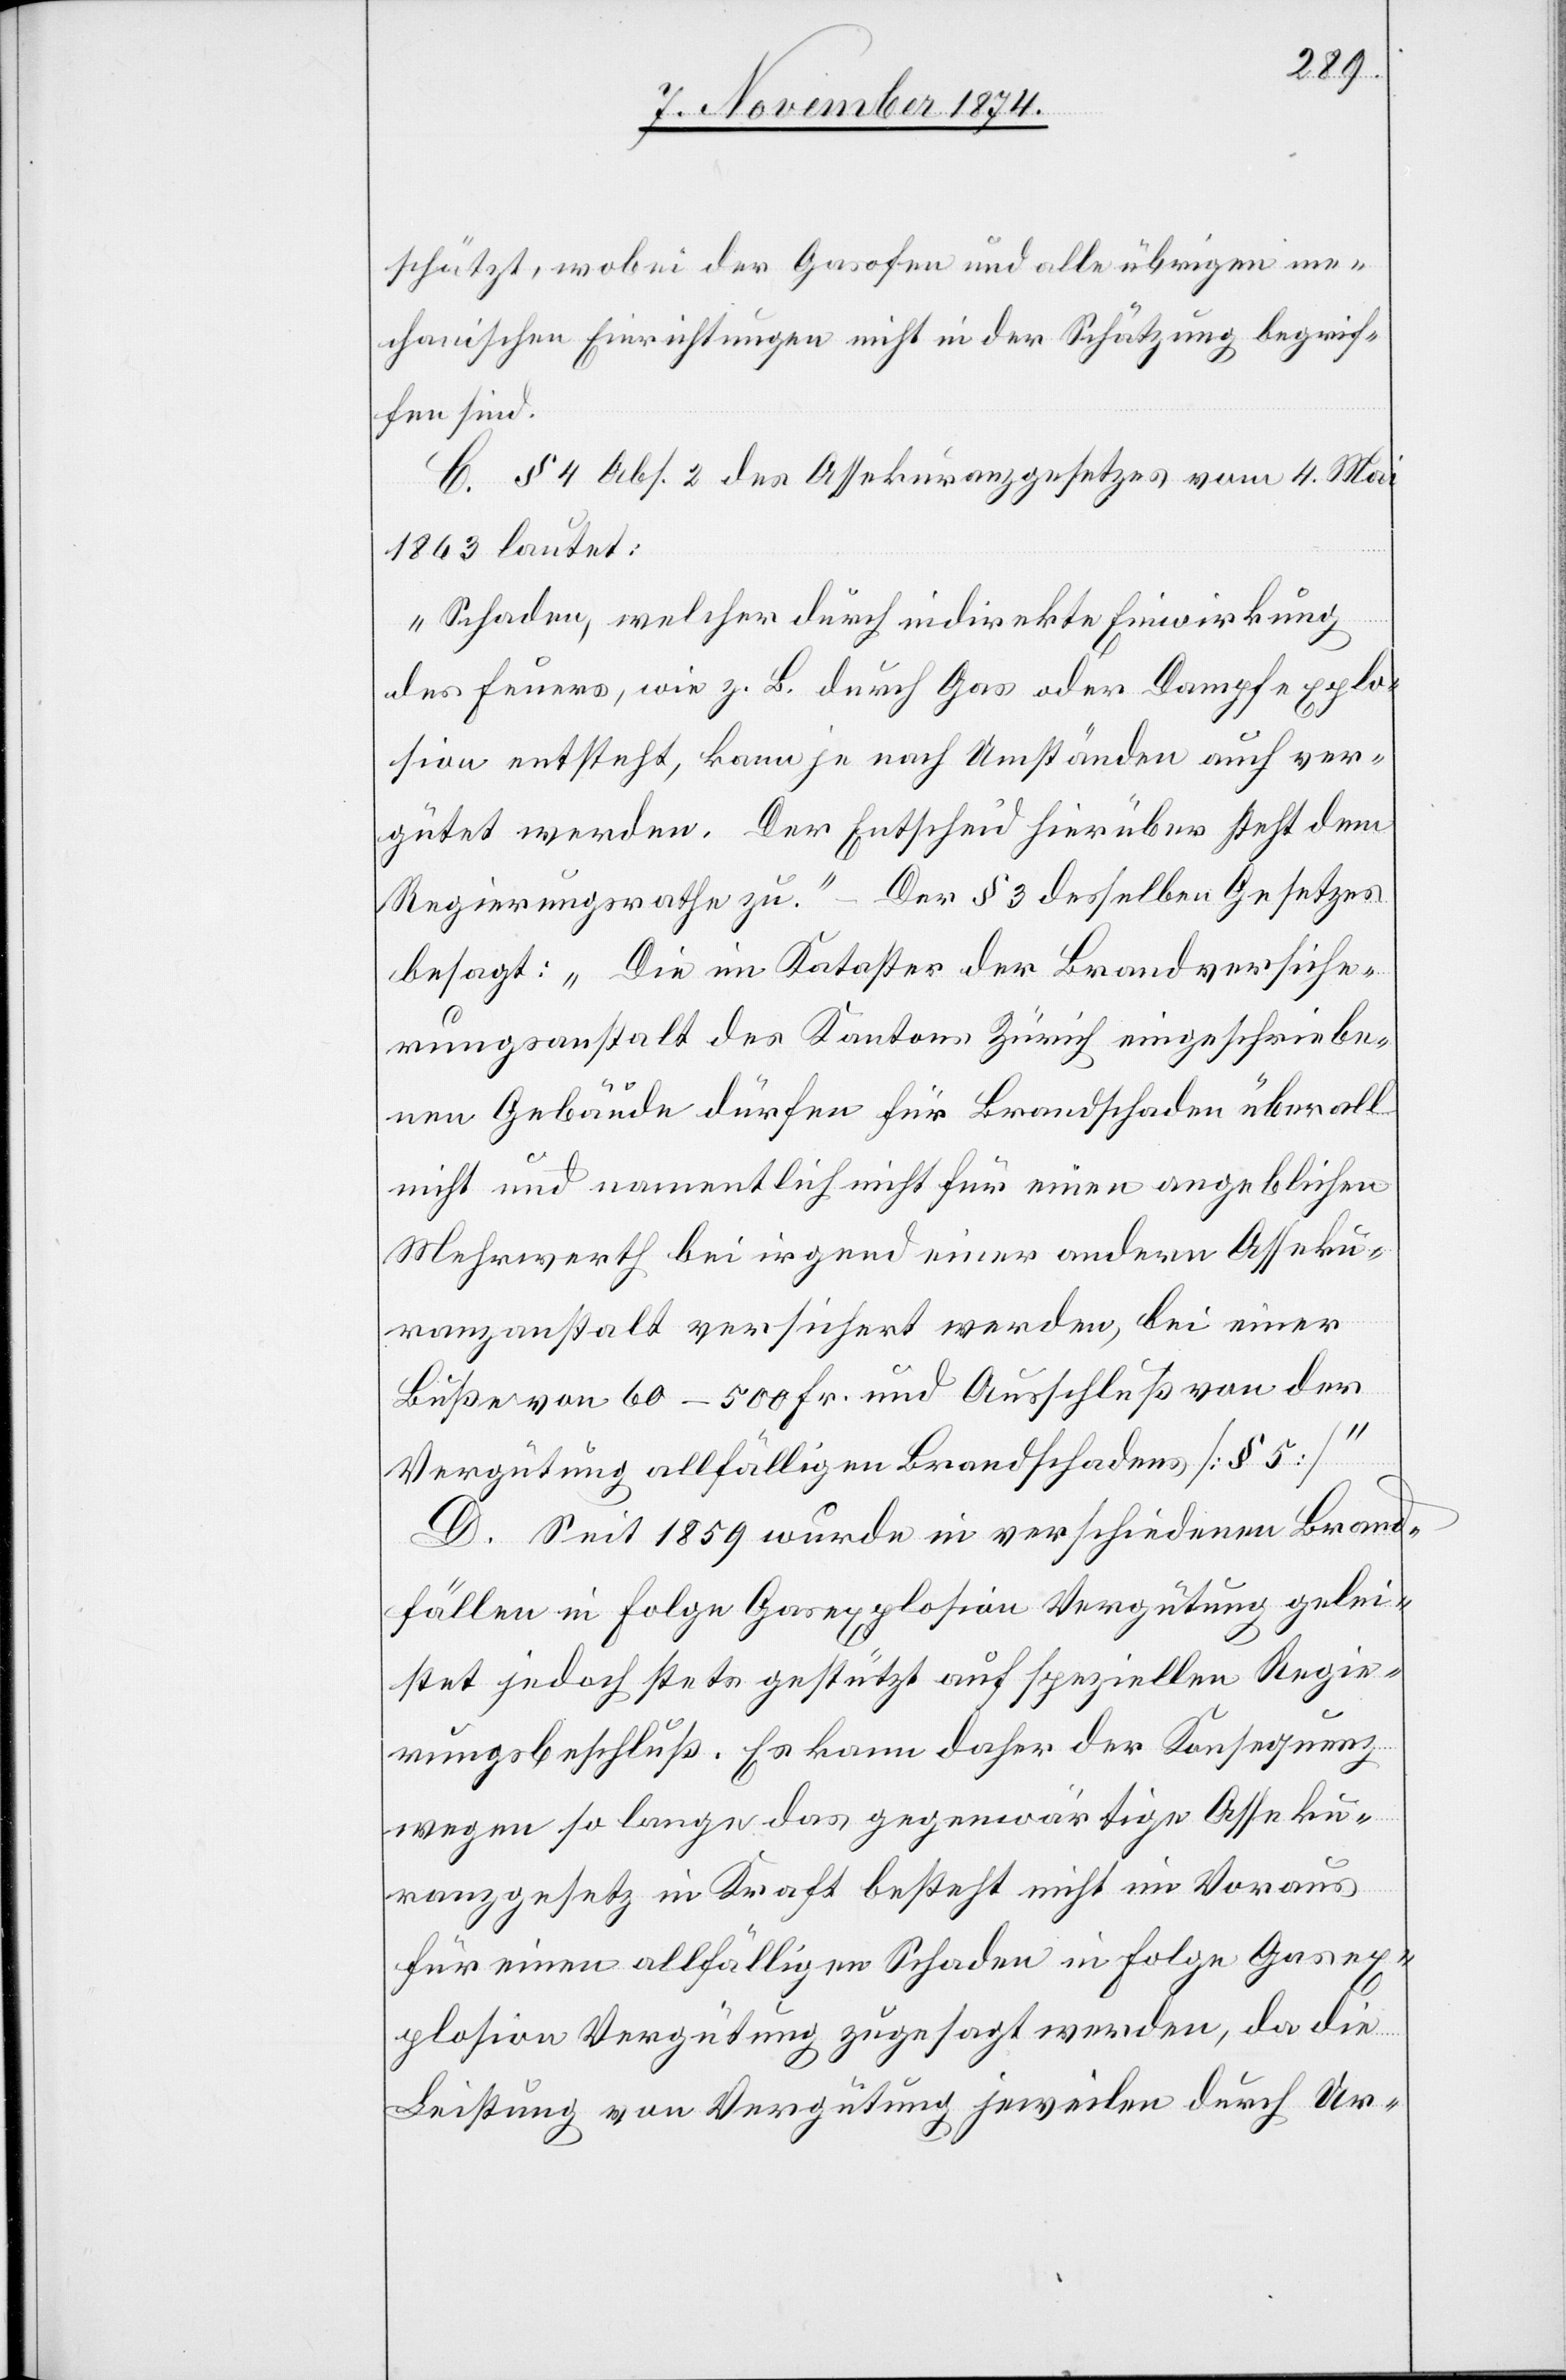
schätzt, wobei der Gasofen und alle übrigen me¬
chanischen Einrichtungen nicht in der Schätzung begrif¬
fen sind.
C. § 4 Abs. 2 des Assekuranzgesetzes vom 4. Mai
1863 lautet:
„Schaden, welcher durch indirekte Einwirkung
des Feuers, wie z. B. durch Gas oder Dampfexplo¬
sion entsteht, kann je nach Umständen auch ver¬
gütet werden. Der Entscheid hierüber steht dem
Regierungsrathe zu.“ – Der § 3 desselben Gesetzes
besagt: „Die im Kataster der Brandversiche¬
rungsanstalt des Kantons Zürich eingeschriebe¬
nen Gebäude dürfen für Brandschaden überall
nicht und namentlich nicht für einen angeblichen
Mehrwerth bei irgend einer andern Asseku¬
ranzanstalt versichert werden, bei einer
Buße von 60–500 Fr. und Ausschluß von der
Vergütung allfälligen Brandschadens [§ 5]“.
D. Seit 1859 wurde in verschiedenen Brand¬
fällen in Folge Gasexplosion Vergütung gelei¬
stet jedoch stets gestützt auf speziellen Regie¬
rungsbeschluß. Es kann daher der Konsequenz
wegen so lange das gegenwärtige Asseku¬
ranzgesetz in Kraft besteht nicht im Voraus
für einen allfälligen Schaden in Folge Gasex¬
plosion Vergütung zugesagt werden, da die
Leistung von Vergütung jeweilen durch Ur-